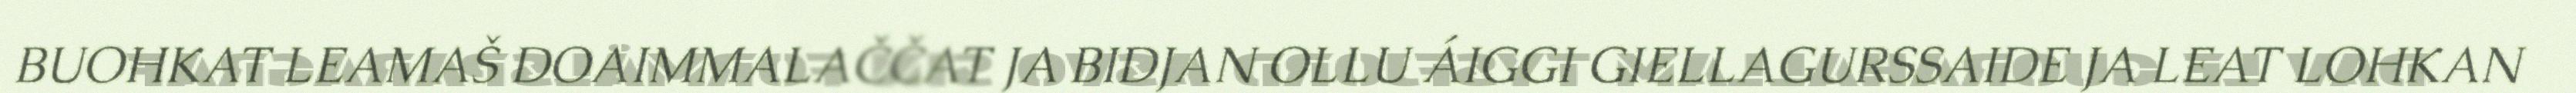
BUOHKAT LEAMAŠ DOAIMMALAČČAT JA BIDJAN OLLU ÁIGGI GIELLAGURSSAIDE JA LEAT LOHKAN